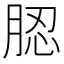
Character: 䏰